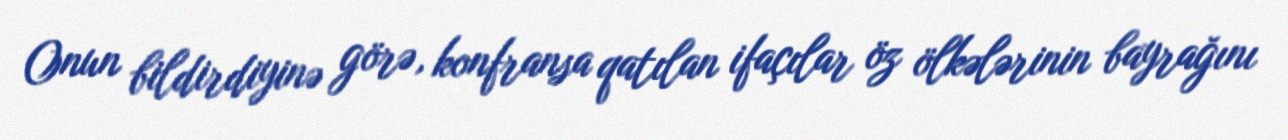
Onun bildirdiyinə görə, konfransa qatılan ifaçılar öz ölkələrinin bayrağını